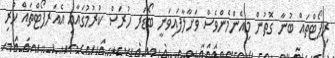
ރިޕޯޓްތައް ބުނާ ގޮތުން މިއެންމެންވެސް ވަށާލާފައިވަނީ ބޯޑަރ ހުރަސް ކުރުމުގައާއި އެއަރޕޯޓްތައް ހުރި